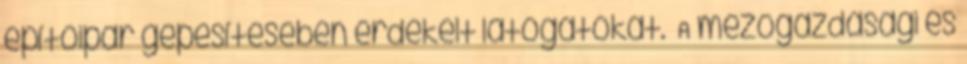
építőipar gépesítésében érdekelt látogatókat. A mezőgazdasági és